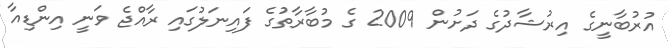
އުރުބާނީގެ އިރުޝާދުގެ ދަށުން 2009 ގެ މުބާރާތުގެ ފައިނަލުގައި ރާއްޖެ ވަނީ އިންޑިއާ